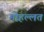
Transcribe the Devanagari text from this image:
मोहल्लत